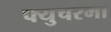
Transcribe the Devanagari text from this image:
फ्युचरमा